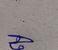
Signature authenticity: genuine